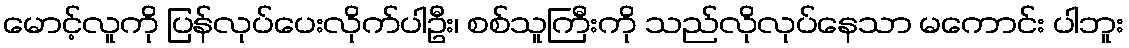
မောင့်လူကို ပြန်လုပ်ပေးလိုက်ပါဦး၊ စစ်သူကြီးကို သည်လိုလုပ်နေသာ မကောင်း ပါဘူး